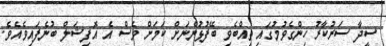
ސީދާ ސަރުކާރު ހިންގެވުމުގައި ތިއްބެވި ބޭފުޅުންނަށް ކަމަށް ވެސް އެ އޮފިޝަލް ބުނެފައިވެއެވެ.